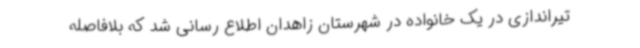
تیراندازی در یک خانواده در شهرستان زاهدان اطلاع رسانی شد که بلافاصله